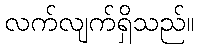
လက်လျက်ရှိသည်။